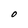
Character: O